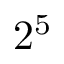
2 ^ { 5 }